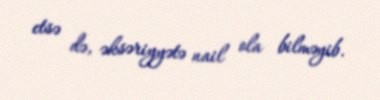
etsə də, əksəriyyətə nail ola bilməyib.